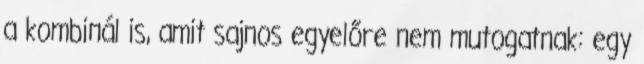
a kombinál is, amit sajnos egyelőre nem mutogatnak: egy